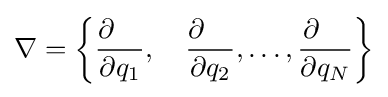
\nabla =\left\{{\frac {\partial \quad }{\partial q_{1}}},\quad {\frac {\partial \quad }{\partial q_{2}}},\ldots ,{\frac {\partial \quad }{\partial q_{N}}}\right\}